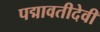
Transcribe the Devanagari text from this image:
पद्मावतीदेवी